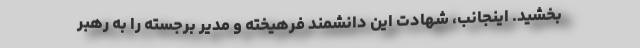
بخشید. اینجانب، شهادت این دانشمند فرهیخته و مدیر برجسته را به رهبر